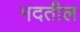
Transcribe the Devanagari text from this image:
मदतील